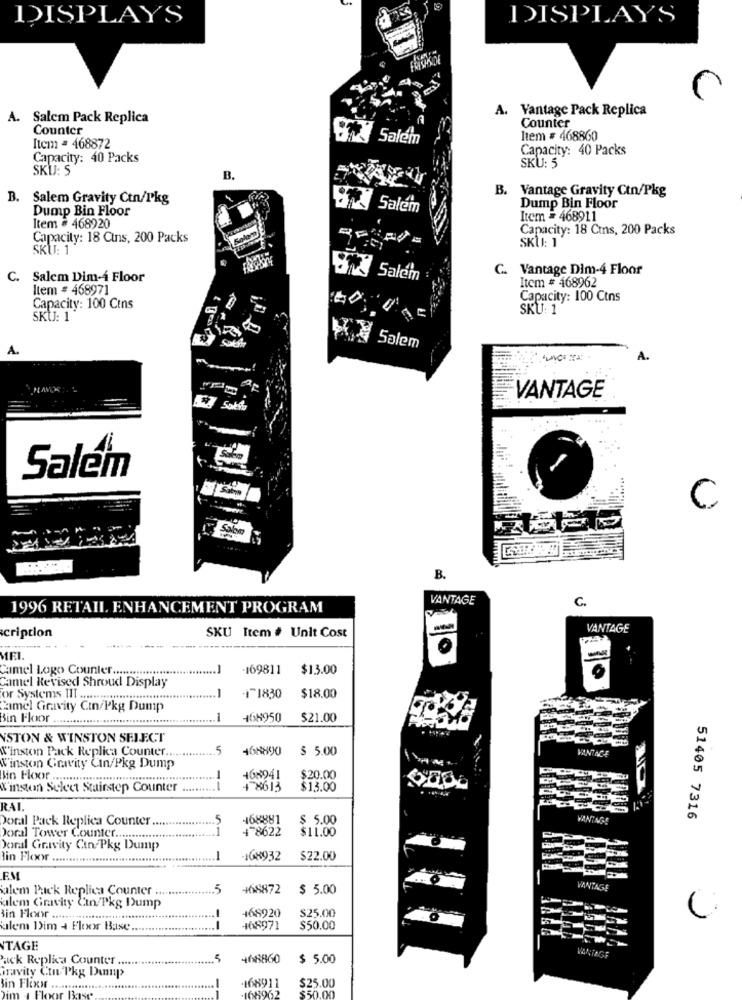
DISPLAYS
DISPLAYS
A. Vantage Pack Replica
A. Salem Pack Replica
Counter
Counter
Salem
Item # 468860
Item = 468872
Capacity: 40 Packs
Capacity: 40 Packs
SKU: 5
SKU: S
B.
B. Vantage Gravity Ctn/Pkg
B. Salem Gravity Ctn/I'kg
Dump Bin Floor
Salem
Dump Bin Floor
Item = 468911
Item # 468920
Capacity: 18 Cins, 200 Packs
Capacity: 18 Cins, 200 Packs
SKU: 1
SKU: 1
C. Vantage Dim-4 Floor
C.
Salem Dim-4 Floor
8 Salem
Item # 468962
Item = 468971
Capacity: 100 Ctns
Capacity: 100 Cins
SKU: 1
SKU: 1
A.
o Sobie
Salem
VANTAGE
Salem
C
B.
VANTAGE
C.
1996 RETAIL. ENHANCEMENT PROGRAM
cription
VANTAGE
SKU Item # Unit Cost
-
1FL
Camel Logo Counter ...
-169811
$13.00
Camel Revised Shroud Display
or Systems IIT .......
I~1830
$18.00
Camel Gravity Cin/Pkg Dump
Bin Floor
.1
468950
$21.00
NSTON & WINSTON SELECT
W'inston Pack Replica Counter.
5
468890
$ 5.00
VANTACE
Winston Gravity Cin/Pkg Dump
408941
$20.00
X'inston Select Stairstep Counter
--
478613
$13.00
RAI
Doral Pack Replica Counter ........
468881
$ 5.00
VANTAGE
51405 7316
4 8622
$11.00
Doral Tower Counter ........
Doral Gravity Can/Pkg Dump
lin Floor .......
108932
$22.00
EM
salem Puck Replica Counter ...
5
+68872
$ 5.00
VANTAGE
salem Gravity Cin/Pkg Dump
468920
$25.00
Bin Floor ...........................
-
alem Dim + Flexor Base.
468971
$50.00
NTAGE
ack Replica Counter .....
5
468860
$ 5.00
VANTAGE
oravity Ctu Pkg Dump
168911
$25.00
Bin Flexx
1062
$50.00